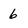
Character: 6